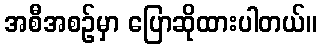
အစီအစဉ်မှာ ပြောဆိုထားပါတယ်။